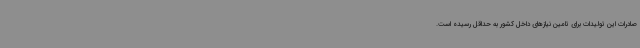
صادرات این تولیدات برای تامین نیازهای داخل کشور به حداقل رسیده است.